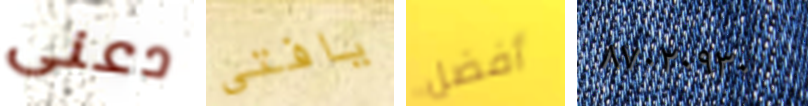
دعنى يافتى أفضل ٨٧٠٢٠٩٣٠